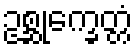
ဥစ္ဆုက္ခေတ္တံ